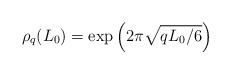
\begin{align*}\rho_q(L_0)=\exp\left(2\pi\sqrt{q L_0/ 6}\right)\end{align*}